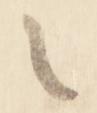
々